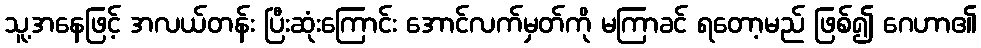
သူ့အနေဖြင့် အလယ်တန်း ပြီးဆုံးကြောင်း အောင်လက်မှတ်ကို မကြာခင် ရတော့မည် ဖြစ်၍ ဂေဟာ၏